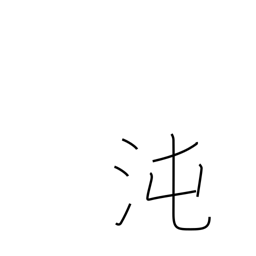
Meaning: primeval chaos